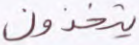
يتخذون